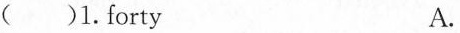
()1.forty A.